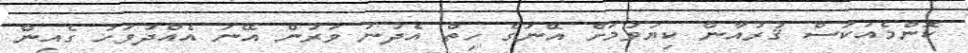
ކޮންމެއަކަސް ޤުރުއާން ކިޔަވުމަށް އޭނަގެ ހިތް އެދުނު ވަރުން އޭނަ އެއްދުވަހު ގެއިން